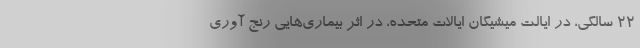
۲۲ سالگی، در ایالت میشیگان ایالات متحده، در اثر بیماری‌هایی رنج آوری